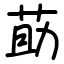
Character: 莇